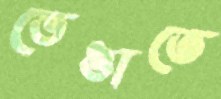
ভেঙাতে